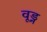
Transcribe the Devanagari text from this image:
वूड्न